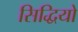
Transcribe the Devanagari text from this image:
सिद्धियो